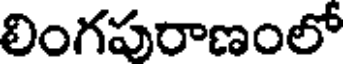
లింగపురాణంలో